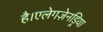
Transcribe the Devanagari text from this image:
है।एलेगज़ेनड्रिया